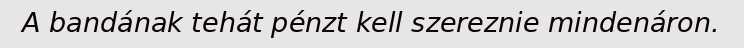
A bandának tehát pénzt kell szereznie mindenáron.